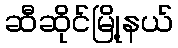
ဆီဆိုင်မြို့နယ်